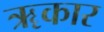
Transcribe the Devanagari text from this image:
ॠकार